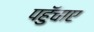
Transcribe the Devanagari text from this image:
पहुॅचाए